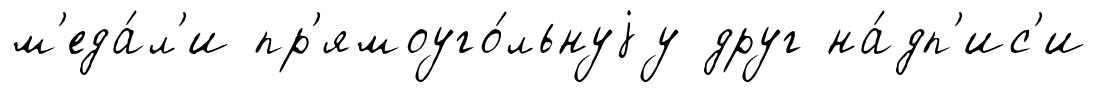
м'еда́л'и пр'ямоуго́льнуjу друг на́дп'ис'и